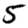
Digit: 5